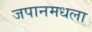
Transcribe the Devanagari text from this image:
जपानमधला